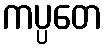
ကပ္ပတေ